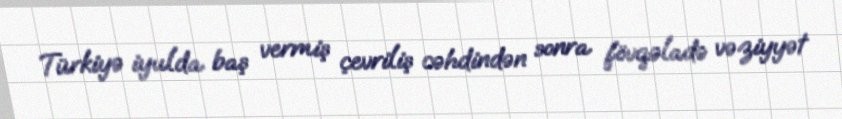
Türkiyə iyulda baş vermiş çevriliş cəhdindən sonra fövqəladə vəziyyət